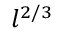
l ^ { 2 / 3 }